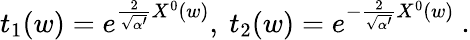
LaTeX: t_{1}(w)=e^{\frac{2}{\sqrt{\alpha^{\prime}}}X^{0}(w)},\ t_{2}(w)=e^{-\frac{2}{\sqrt{\alpha^{\prime}}}X^{0}(w)}\ .